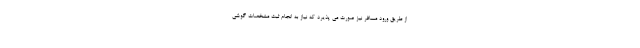
از طریق ورود مسافر نیز صورت می پذیرد که نیاز به انجام ثبت مشخصات گوشی